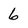
Character: 6